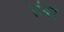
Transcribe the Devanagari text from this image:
संबर